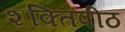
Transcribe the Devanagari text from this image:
शक्‍ितपीठ